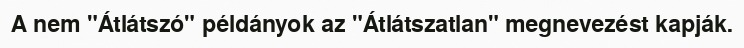
A nem "Átlátszó" példányok az "Átlátszatlan" megnevezést kapják.